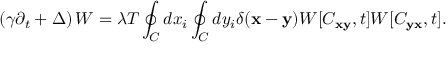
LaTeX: \left( \gamma \partial _ { t } + \Delta \right) W = \lambda T \oint _ { C } ^ { } d x _ { i } \oint _ { C } ^ { } d y _ { i } \delta ( { \bf x } - { \bf y } ) W [ C _ { \bf x y } , t ] W [ C _ { \bf y x } , t ] .